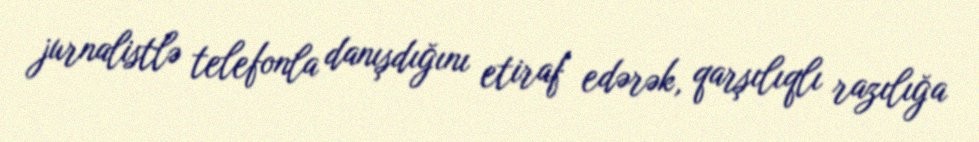
jurnalistlə telefonla danışdığını etiraf edərək, qarşılıqlı razılığa